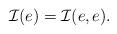
LaTeX: \begin{align*}\mathcal{I}(e) = \mathcal{I}(e,e).\end{align*}